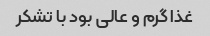
غذا گرم و عالی بود با تشکر